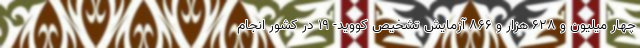
چهار میلیون و ۶۲۸ هزار و ۸۶۶ آزمایش تشخیص کووید- ۱۹ در کشور انجام